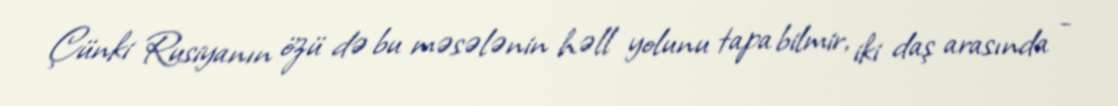
Çünki Rusiyanın özü də bu məsələnin həll yolunu tapa bilmir, iki daş arasında -